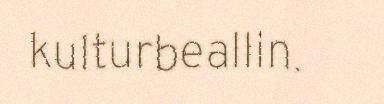
kulturbeallin.